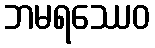
ဘမရဿေဝ